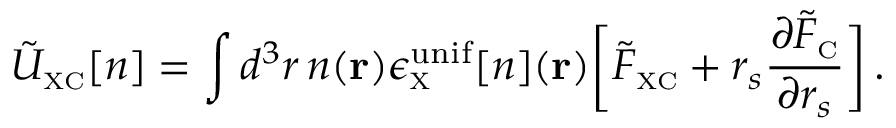
\tilde { U } _ { \scriptscriptstyle \mathrm { X C } } [ n ] = \int d ^ { 3 } r \, n ( { \bf r } ) \epsilon _ { \scriptscriptstyle \mathrm { X } } ^ { \mathrm { u n i f } } [ n ] ( { \bf r } ) \bigg [ \tilde { F } _ { \scriptscriptstyle \mathrm { X C } } + r _ { s } \frac { \partial \tilde { F } _ { \scriptscriptstyle \mathrm { C } } } { \partial r _ { s } } \bigg ] \, .